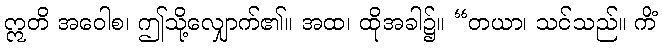
ဣတိ အဝေါစ၊ ဤသို့လျှောက်၏။ အထ၊ ထိုအခါ၌။ “တယာ၊ သင်သည်။ ကိံ